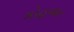
કોહવાર